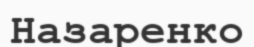
Назаренко